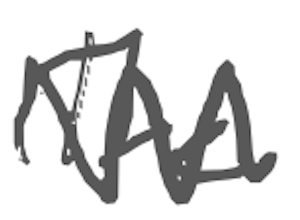
Text: The
Cross-out: mix
Writing tool: digital_gray